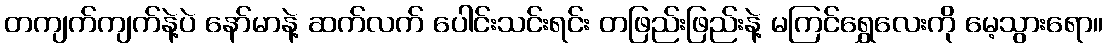
တကျက်ကျက်နဲ့ပဲ နော်မာနဲ့ ဆက်လက် ပေါင်းသင်းရင်း တဖြည်းဖြည်းနဲ့ မကြင်ရွှေလေးကို မေ့သွားရော။